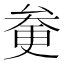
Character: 𠫿